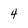
Character: 4